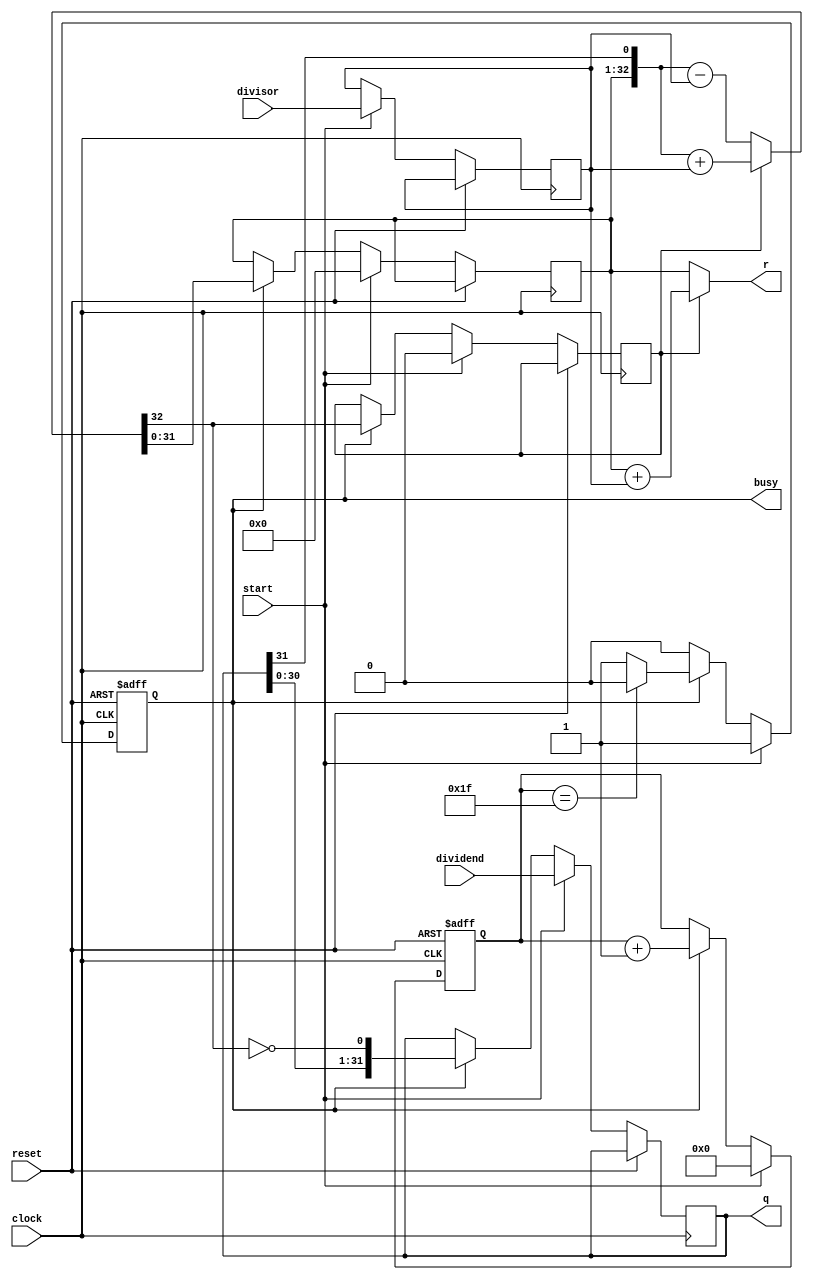
`timescale 1ns / 1ps
//////////////////////////////////////////////////////////////////////////////////
// Company: 
// Engineer: 
// 
// Design Name: 
// Module Name: DIVU
// Project Name: 
// Target Devices: 
// Tool Versions: 
// Description: 
// 
// Dependencies: 
// 
// Revision:
// Revision 0.01 - File Created
// Additional Comments:
// 
//////////////////////////////////////////////////////////////////////////////////



module DIVU(
         input [31:0]dividend,         //
         input [31:0]divisor,           //
         input start,                 //
         input clock,
         input reset,
         output [31:0]q,              //
         output [31:0]r,              //    
         output reg busy                //
         );
         wire ready;
         reg[4:0]count;
         reg [31:0] reg_q;
         reg [31:0] reg_r;
         reg [31:0] reg_b;
         reg busy2,r_sign;
         assign ready = ~busy & busy2;
         wire [32:0] sub_add = r_sign?({reg_r,reg_q[31]} + {1'b0,reg_b}):({reg_r,reg_q[31]} - {1'b0,reg_b});    //
         assign r = r_sign? reg_r + reg_b : reg_r;
         assign q = reg_q;    
         always @ (negedge clock or posedge reset)begin
              if (reset == 1) begin                     //
                  count <=5'b0;
              busy <= 0;
              busy2 <= 0;
         end else begin
                  busy2 <= busy;
            if (start) begin                      //
                    reg_r <= 32'b0;
                    r_sign <= 0;
                    reg_q <= dividend;
                    reg_b <= divisor;
                    count <= 5'b0;
                    busy <= 1'b1;
            end 
            else if (busy) begin                     //
                    reg_r <= sub_add[31:0];                 //
                    r_sign <= sub_add[32];                  //
                    reg_q <= {reg_q[30:0],~sub_add[32]};
                    count <= count +5'b1;                  //
                    if (count == 5'd31) busy <= 0;            //
                  end
         end
         end
endmodule